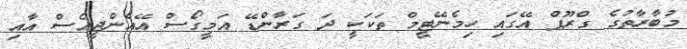
މުބާރާތުގެ ގްރޫޕް އޭގައި ހިމެނޭޓީމް ތަކަކީ ދަ ގަރާންޑޭ އަމީގޯސް އޭއެންޖީއެސް އާއި